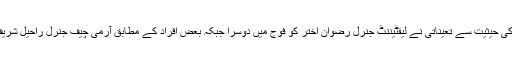
پاکستان کی خفیہ ایجنسی آئی ایس آئی کے سربراہ کی حیثیت سے تعیناتی نے لیفٹیننٹ جنرل رضوان اختر کو فوج میں دوسرا جبکہ بعض افراد کے مطابق آرمی چیف جنرل راحیل شریف کے بعد ملک کا دوسرا طاقتور انسان بنا دیا ہے۔